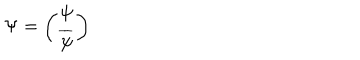
\Psi = \left( \begin{array} { c } { { \psi } } \\ { { \overline { { \psi } } } } \\ \end{array} \right)